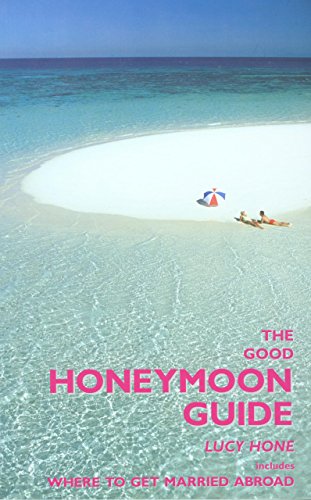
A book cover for The Good Honeymoon Guide, 2nd: Includes Where to Get Married Abroad; Lucy Hone; Crafts, Hobbies & Home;